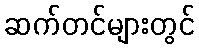
ဆက်တင်များတွင်